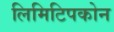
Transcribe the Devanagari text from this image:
लिमिटिपकोन